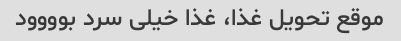
موقع تحویل غذا، غذا خیلی سرد بوووود